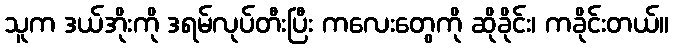
သူက ဒယ်အိုးကို ဒရမ်လုပ်တီးပြီး ကလေးတွေကို ဆိုခိုင်း၊ ကခိုင်းတယ်။